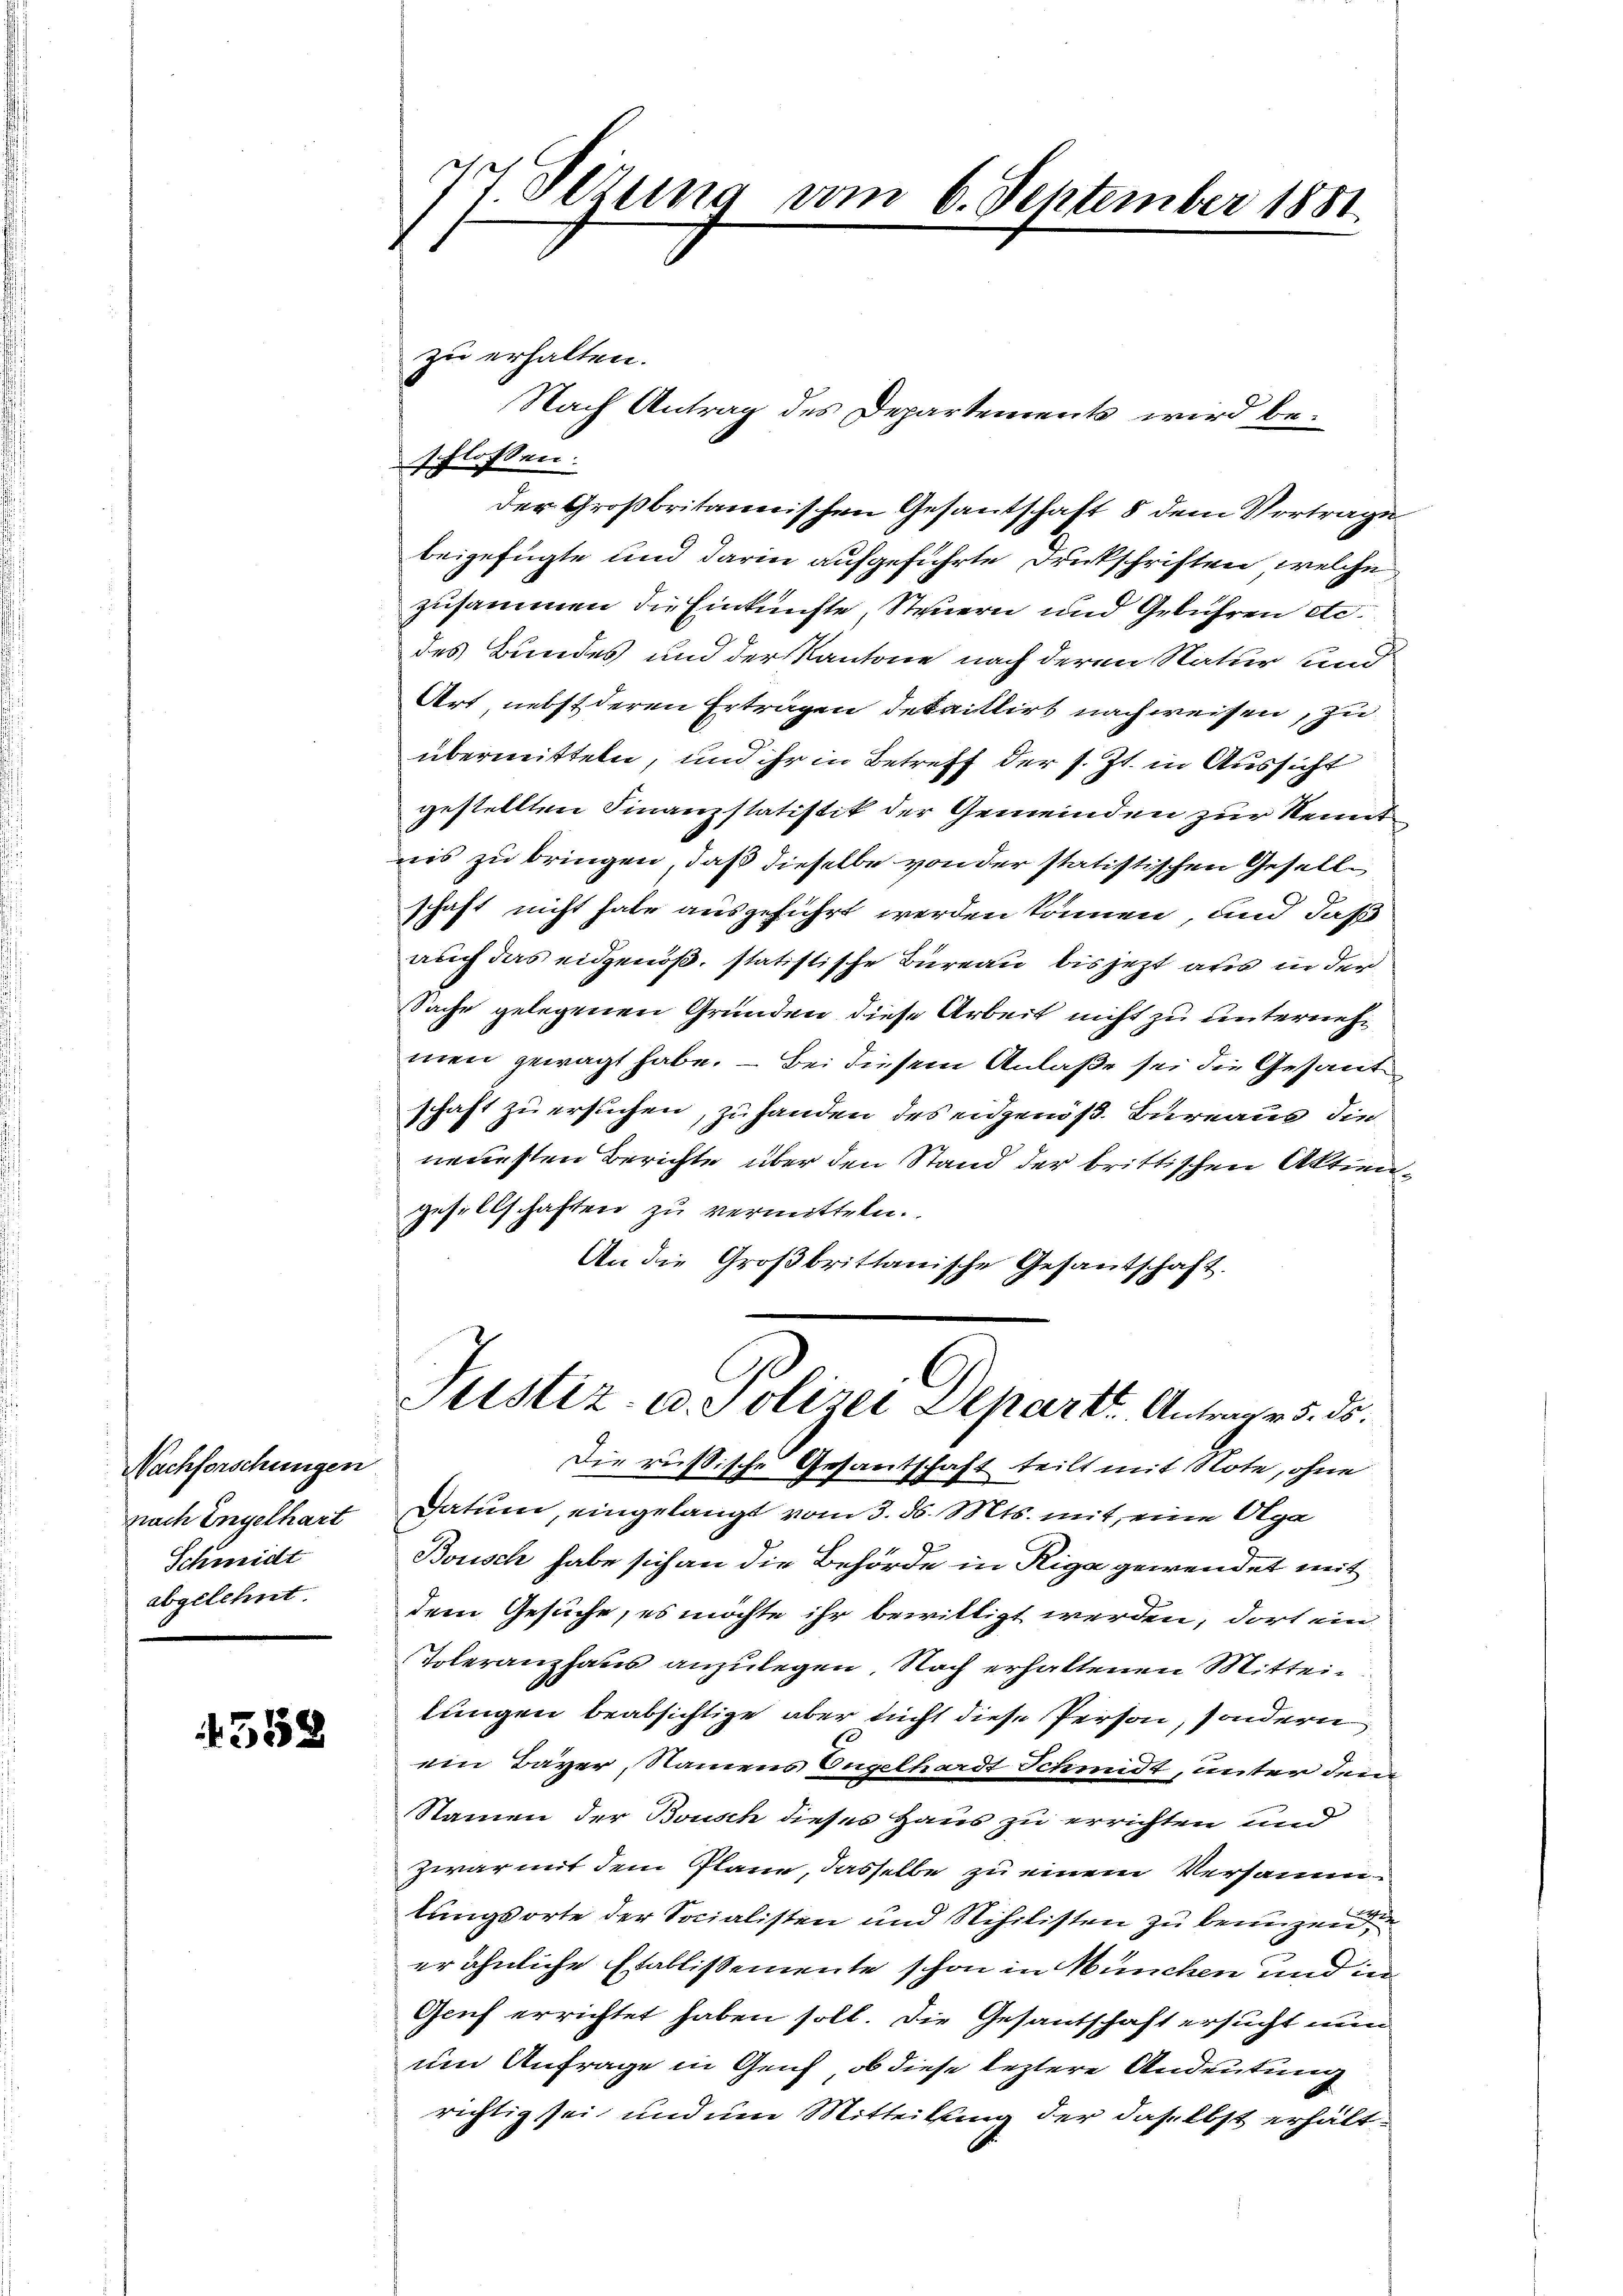
Nachforschungen
nach Engelhart
Schmidt
abgelehnt

4558

77. Sezung vom 6. September 1881

zu erhalten.
schlossen:
der Großbritannischen Gesantschaft 8 dem Vortrage
beigefügte und darin aufgeführte Drukschriften, welche
zusammen die Einkünfte Steuern und Gebühren etc.
des Bundes und der Kantone nach deren Natur und
Art nebst deren Erträgen deraittirt nach weisen, zu
übermitteln, und ihr in Betreff der s. Zt. in Aussicht
gestellten Finanzstatistik der Gemeinden zur Kennt
nis zu bringen, daß dieselbe von der statistischen Gesellschaft nicht habe ausgeführt werden können, und daß
auch das eidgenöß, statistische Büreau bis jetzt aus in der
Sache gelegenen Gründen diese Arbeit nicht zu unternehmen gewagt habe. — Bei diesem Anlaße sei die Gesant
schaft zu ersuchen, zu handen des eidgenoß. Bureaus die
neuesten Berichte über den Stand der brittischen Aktien
gesellschaften zu vermittete.
An die Großbrittanische Gesantschaft.
C
Justiz- u. Polizei Depart. Antrage 5. ds.
Die russische Gesantschaft teilt mit Note, ohne
Datum, eingelangt vom 3. d. Mts. mit eine Olga
Bonisch habe sich an die Behörde in Riga gewendet mit
dem Gesuche, es möchte ihr bewilligt werden, dort ein
Toleranzhaus anzulegen. Nach erhaltenen Mitteilungen beabsichtige aber nicht diese Person, sondern
ein Bayer, Namens Engelhardt Schmidt, unter dem
Namen der Bousch dieses Haus zu errichten und
zwar mit dem Plane, dasselbe zu einem Versammlungsorte der Socialisten und Schilisten zu benuzenden
erähnliche Etablissemente schon in München und in
Geuf errichtet haben soll. Die Gesantschaft ersucht nun
um Anfrage in Gruf, ob diese leztere Andeutung
richtig sei und um Mitteilung der daselbst erhält¬

Nach Antrag des Departement wird be¬